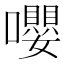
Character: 嚶